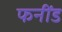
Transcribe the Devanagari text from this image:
फनींड